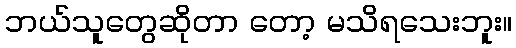
ဘယ်သူတွေဆိုတာ တော့ မသိရသေးဘူး။